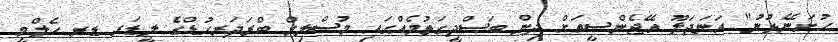
ހުށަނޭޅުނު" އަނަދަލޫ އޭޖެންސީއަށް ދިން ބަސްދީގަތުމެއްގައި މުސްލިމް ބްރަދަރހުޑްގެ ލީޑަރ ޑރ ހެލްމީ